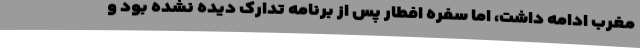
مغرب ادامه داشت، اما سفره افطار پس از برنامه تدارک دیده نشده بود و